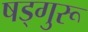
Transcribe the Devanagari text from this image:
षड्गुरू